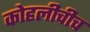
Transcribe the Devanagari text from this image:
कोहलीचीच